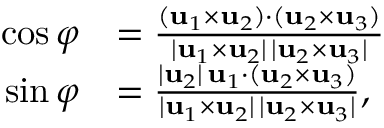
{ \begin{array} { r l } { \cos \varphi } & { = { \frac { ( \mathbf { u } _ { 1 } \times \mathbf { u } _ { 2 } ) \cdot ( \mathbf { u } _ { 2 } \times \mathbf { u } _ { 3 } ) } { | \mathbf { u } _ { 1 } \times \mathbf { u } _ { 2 } | \, | \mathbf { u } _ { 2 } \times \mathbf { u } _ { 3 } | } } } \\ { \sin \varphi } & { = { \frac { | \mathbf { u } _ { 2 } | \, \mathbf { u } _ { 1 } \cdot ( \mathbf { u } _ { 2 } \times \mathbf { u } _ { 3 } ) } { | \mathbf { u } _ { 1 } \times \mathbf { u } _ { 2 } | \, | \mathbf { u } _ { 2 } \times \mathbf { u } _ { 3 } | } } , } \end{array} }